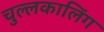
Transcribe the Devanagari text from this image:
चुल्लकालिंग